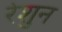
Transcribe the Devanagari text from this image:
रेशुन